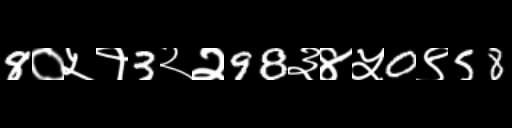
Text: 8०५१3२२98३४५0९58